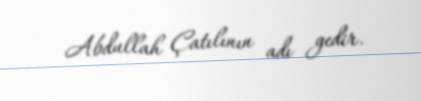
Abdullah Çatılının adı gedir.